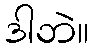
ဒါဘဲ။